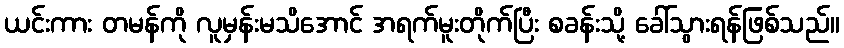
ယင်းကား တမန်ကို လူမှန်းမသိအောင် အရက်မူးတိုက်ပြီး စခန်းသို့ ခေါ်သွားရန်ဖြစ်သည်။